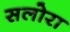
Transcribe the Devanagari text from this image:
सलोरा